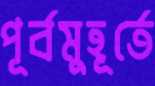
পূর্বমুহূর্তে